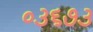
૦૩૬૭૩